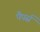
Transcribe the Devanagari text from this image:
पैपर्स